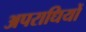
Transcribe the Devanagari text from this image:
अपराधियों